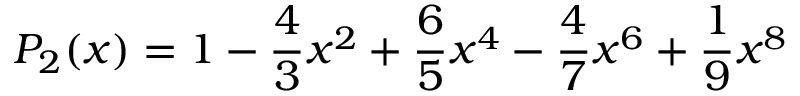
{ \cal P } _ { 2 } ( x ) = 1 - \frac { 4 } { 3 } x ^ { 2 } + \frac { 6 } { 5 } x ^ { 4 } - \frac { 4 } { 7 } x ^ { 6 } + \frac { 1 } { 9 } x ^ { 8 }